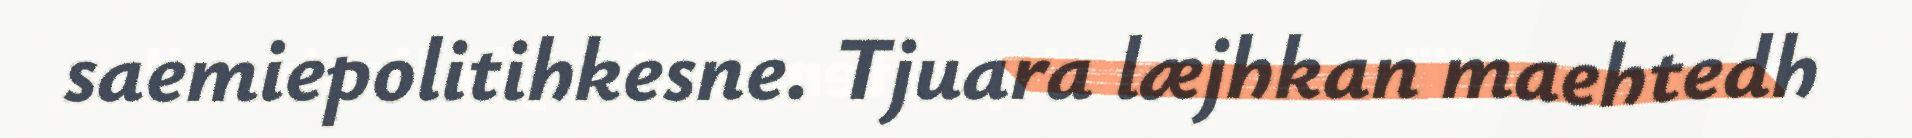
saemiepolitihkesne. Tjuara læjhkan maehtedh